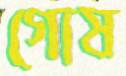
গোষ